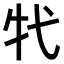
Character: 𤘚